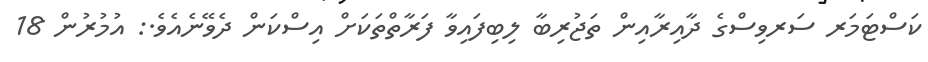
ކަސްޓަމަރ ސަރވިސްގެ ދާއިރާއިން ތަޖުރިބާ ލިބިފައިވާ ފަރާތްތަކަށް އިސްކަން ދެވޭނެއެވެ.: އުމުރުންް 18